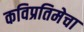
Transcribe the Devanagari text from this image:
कविप्रतिमेचा